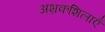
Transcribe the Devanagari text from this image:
अभ्रकशिलाएँ